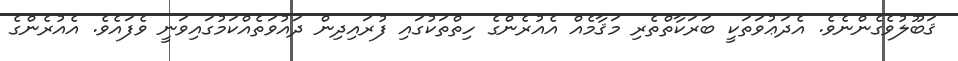
ޤަބޫލުވެގެންނެވެ. އެދަޢުވަތަކީ ބަރަކާތްތެރި މަޤާމެއް އެއުރެންގެ ހިތްތަކުގައި ފުރައިދިން ދައުވަތެއްކަމުގައިވަނީ ވެފައެވެ. އެއުރެންގެ